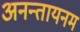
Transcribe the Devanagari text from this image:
अनन्तायनम